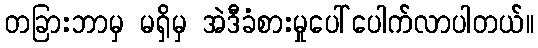
တခြားဘာမှ မရှိမှ အဲဒီခံစားမှုပေါ်ပေါက်လာပါတယ်။